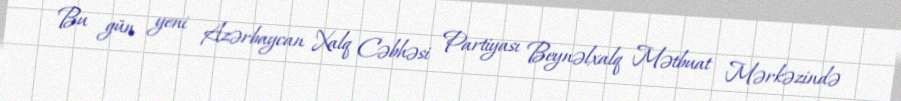
Bu gün yeni Azərbaycan Xalq Cəbhəsi Partiyası Beynəlxalq Mətbuat Mərkəzində